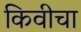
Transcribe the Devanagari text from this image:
किवीचा